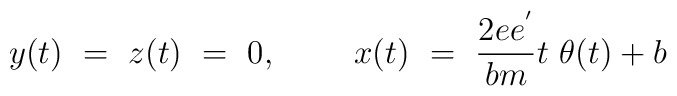
y(t)~=~z(t)~=~0,~~~~~~~x(t)~=~{2ee^{'} \over bm} t~\theta (t) + b